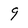
Character: 9